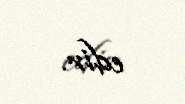
edir.